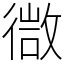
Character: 㣲